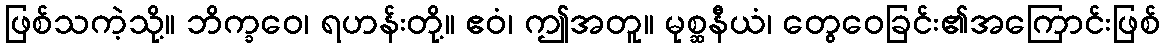
ဖြစ်သကဲ့သို့။ ဘိက္ခဝေ၊ ရဟန်းတို့။ ဧဝံ၊ ဤအတူ။ မုစ္ဆနီယံ၊ တွေဝေခြင်း၏အကြောင်းဖြစ်